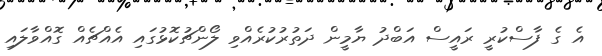
އެ ގެ ފާސްކުރީ ރައީސް އަބްދު ޔާމީން ދަތުރުކުރެއްވި ލޯންޗުކޮޅުގައި އެއްޗެއް ގޮއްވާލައި